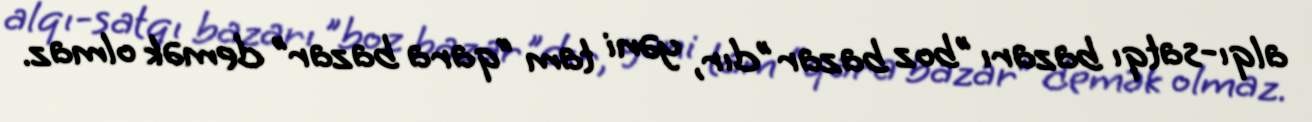
alqı-satqı bazarı "boz bazar"dır, yəni tam “qara bazar” demək olmaz.